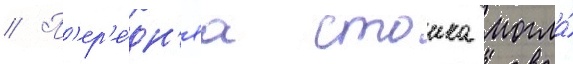
// П'ер'е́дн'яа стоика могла́